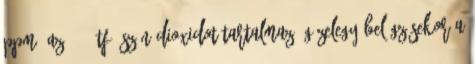
ppm. Az 1,74 tf% szén-dioxidot tartalmazó gázelegy belégzésekor a